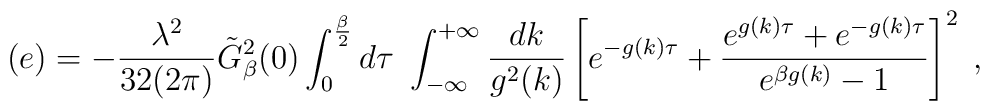
(e)=- {{\lambda^2 }\over {32 (2 \pi)}} {\tilde{G}}^2_{\beta}(0)\int_0^{{\beta}\over 2} d \tau \,\, \int_{-\infty}^{+\infty} {{d k}\over {g^2(k)}} \left[e^{-g(k) \tau} + { {e^{g(k)\tau} + e^{-g(k) \tau}}\over {e^{\beta g(k)} -1}}\right]^2 \; ,